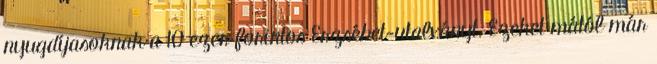
nyugdíjasoknak a 10 ezer forintos Erzsébet-utalványt. Ezeket mától már